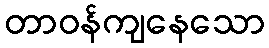
တာဝန်ကျနေသော